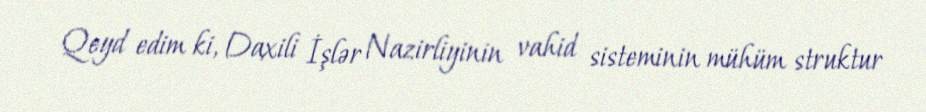
Qeyd edim ki, Daxili İşlər Nazirliyinin vahid sisteminin mühüm struktur